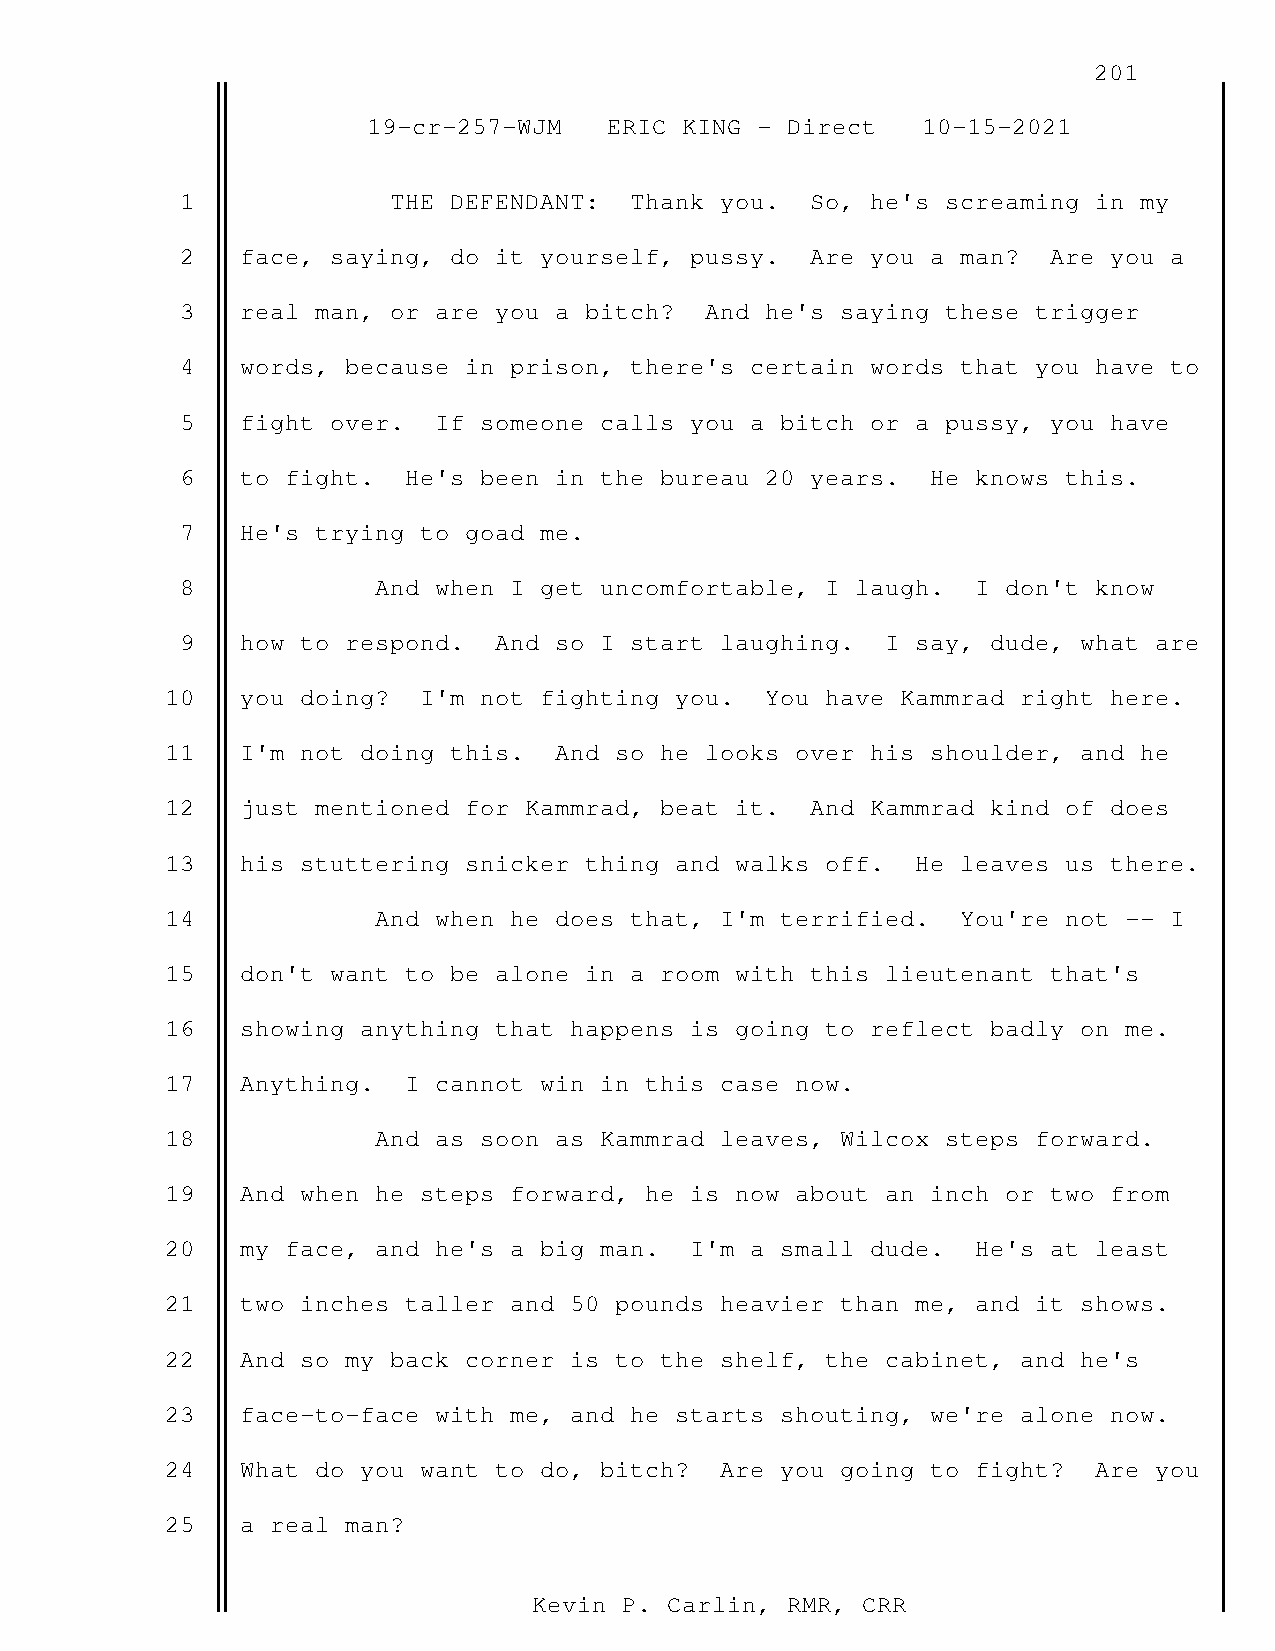
201
 19-cr-257-WJM   ERIC KING - Direct   10-15-2021
 1             THE DEFENDANT:  Thank you.  So, he's screaming in my
 2   face, saying, do it yourself, pussy.  Are you a man? Are you a
 3   real man, or are you a bitch?  And he's saying these trigger
 4   words, because in prison, there's certain words that you have to
 5   fight over.  If someone calls you a bitch or a pussy, you have
 6   to fight.  He's been in the bureau 20 years.  He knows this.
 7   He's trying to goad me.
 8            And when I get uncomfortable, I laugh.  I don't know
 9   how to respond.  And so I start laughing.  I say, dude, what are
 10   you doing?  I'm not fighting you.  You have Kammrad right here.
 11   I'm not doing this.  And so he looks over his shoulder, and he
 12   just mentioned for Kammrad, beat it.  And Kammrad kind of does
 13   his stuttering snicker thing and walks off.  He leaves us there.
 14            And when he does that, I'm terrified.  You're not -- I
 15   don't want to be alone in a room with this lieutenant that's
 16   showing anything that happens is going to reflect badly on me.
 17   Anything.  I cannot win in this case now.
 18            And as soon as Kammrad leaves, Wilcox steps forward.
 19   And when he steps forward, he is now about an inch or two from
 20   my face, and he's a big man.  I'm a small dude.  He's at least
 21   two inches taller and 50 pounds heavier than me, and it shows.
 22   And so my back corner is to the shelf, the cabinet, and he's
 23   face-to-face with me, and he starts shouting, we're alone now.
 24   What do you want to do, bitch?  Are you going to fight? Are you
 25   a real man?
 Kevin P. Carlin, RMR, CRR